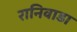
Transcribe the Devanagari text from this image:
रानिवाडा